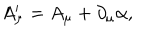
A _ { \mu } ^ { \prime } = A _ { \mu } + \partial _ { \mu } \alpha ,